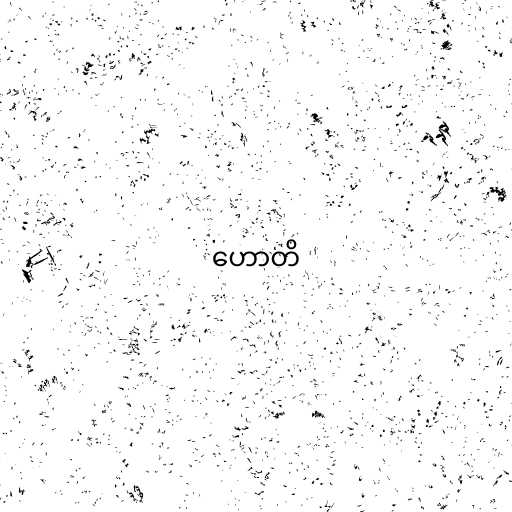
ဟောတိ